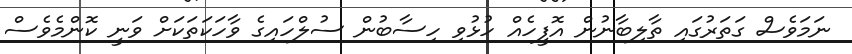
ނަމަވެސް ގަތަރުގައި ތާލިބާނުން އޮފީހެއް ހުޅުވި ހިސާބުން ސުލްހައިގެ ވާހަކަތަކަށް ވަނީ ކޮންމެވެސް